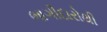
ભાગીદારોથી